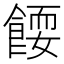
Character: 𬲗